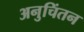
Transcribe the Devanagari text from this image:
अनुचिंतन